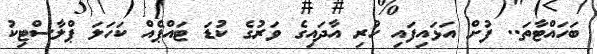
ބަހައްޓާތަ.. ފުށް އަޅައިފައި ހުރި އާދައިގެ ވަރުގެ ކުޑަ ޓައްޕެއް ކަހަލަ ޕްލާސްޓިކު